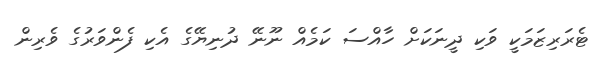
ޓެރަރިޒަމަކީ ވަކި ދީނަކަށް ހާއްސަ ކަމެއް ނޫނޭ ދުނިޔޭގެ އެކި ފެންވަރުގެ ވެރިިން